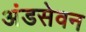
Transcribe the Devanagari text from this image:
अंडसेवन